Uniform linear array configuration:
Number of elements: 48
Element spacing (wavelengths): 0.5
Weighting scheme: hann
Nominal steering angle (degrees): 60
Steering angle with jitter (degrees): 59.559
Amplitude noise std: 0.05
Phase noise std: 0.05

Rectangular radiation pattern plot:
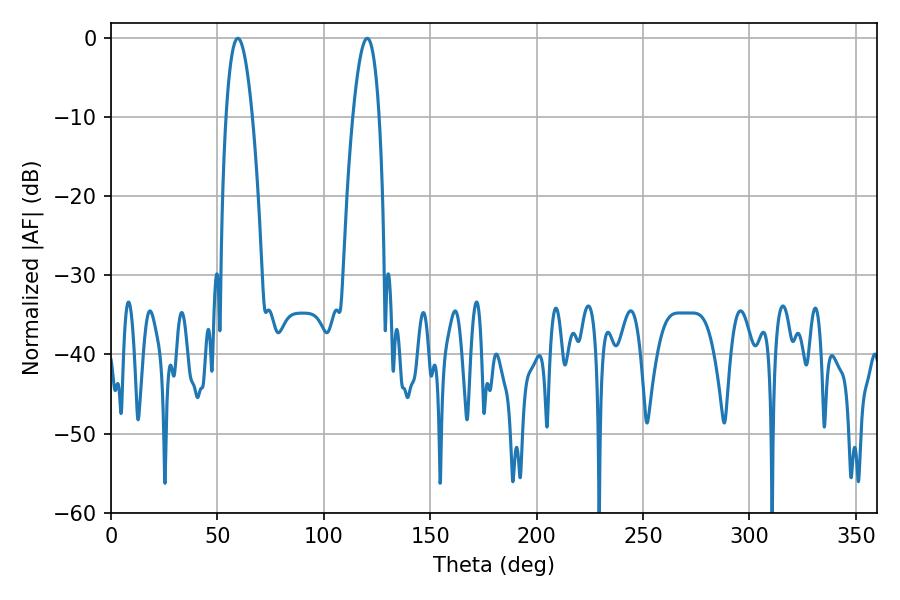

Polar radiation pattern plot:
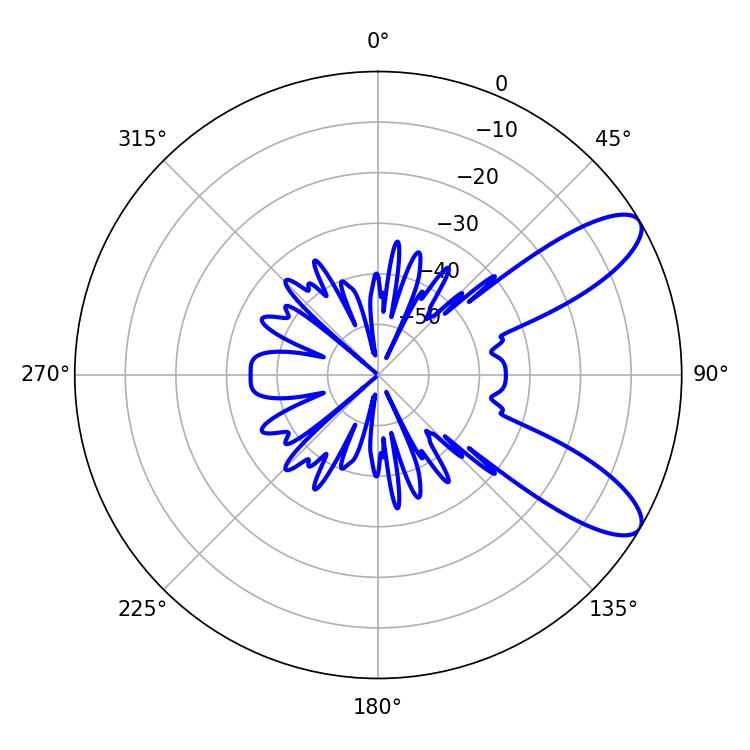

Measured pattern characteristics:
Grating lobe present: FALSE
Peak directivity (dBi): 9.55
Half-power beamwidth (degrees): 6.84
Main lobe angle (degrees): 59.58